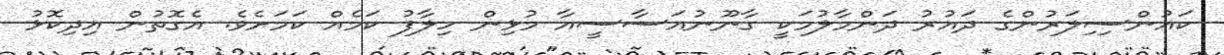
ކައުންސިިލަރުންގެ ދައުރު ދަންމާލުމަކީ ގާނޫނުއަސާސީއާ މުޅިން ހިލާފު ކަމެއް ކަމަށެވެ. އެގޮތުން އިދިކޮޅު